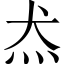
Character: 𱪬